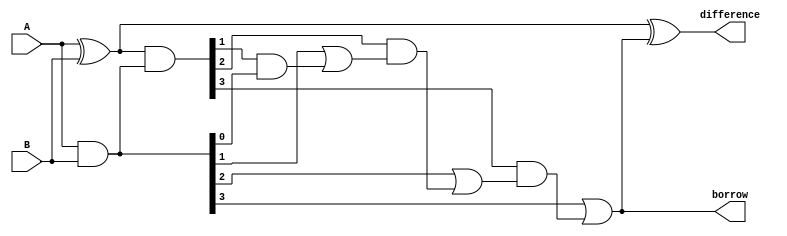
module CarryLookaheadSubtractor(
    input [3:0] A,
    input [3:0] B,
    output [3:0] difference,
    output borrow
);

wire[4:0] G, P, C;
wire[3:0] A_xor_B;
wire borrow;

assign A_xor_B = A ^ B;

assign G = A & B;
assign P = A_xor_B & G;

assign C[0] = 1'b0;
assign C[1] = G[0] | (P[0] & C[0]);
assign C[2] = G[1] | (P[1] & C[1]);
assign C[3] = G[2] | (P[2] & C[2]);
assign C[4] = G[3] | (P[3] & C[3]);

assign difference = A_xor_B ^ C[4];
assign borrow = C[4];

endmodule